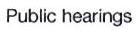
Public hearings